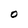
Character: O